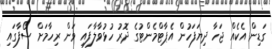
ގަޑިން އެކެއް ޖަހާ ދިޔަފަހުން އެޕާޓްމެންޓުގެ ދޮރު ހުޅުވާލާފައި ވަން ރިހާމަށް ސޯފާގައި